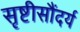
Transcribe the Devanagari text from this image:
सृष्टीसौंदर्य